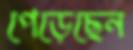
পেড়েছেন